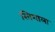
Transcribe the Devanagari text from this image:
खिशाला